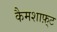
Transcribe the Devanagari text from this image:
कैमशाफ़्ट